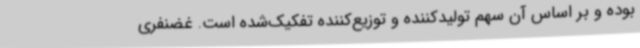
بوده و بر اساس آن سهم تولیدکننده و توزیع‌کننده تفکیک‌شده است. غضنفری